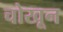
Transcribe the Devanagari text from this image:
चोखून